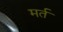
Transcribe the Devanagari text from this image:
मर्त